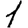
Digit: 1